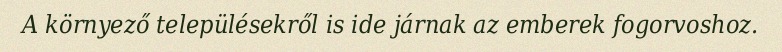
A környező településekről is ide járnak az emberek fogorvoshoz.